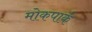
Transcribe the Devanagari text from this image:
मोकपार्क